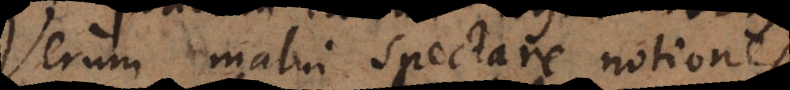
Verum malui spectare notiones